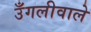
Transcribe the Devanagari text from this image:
उँगलीवाले